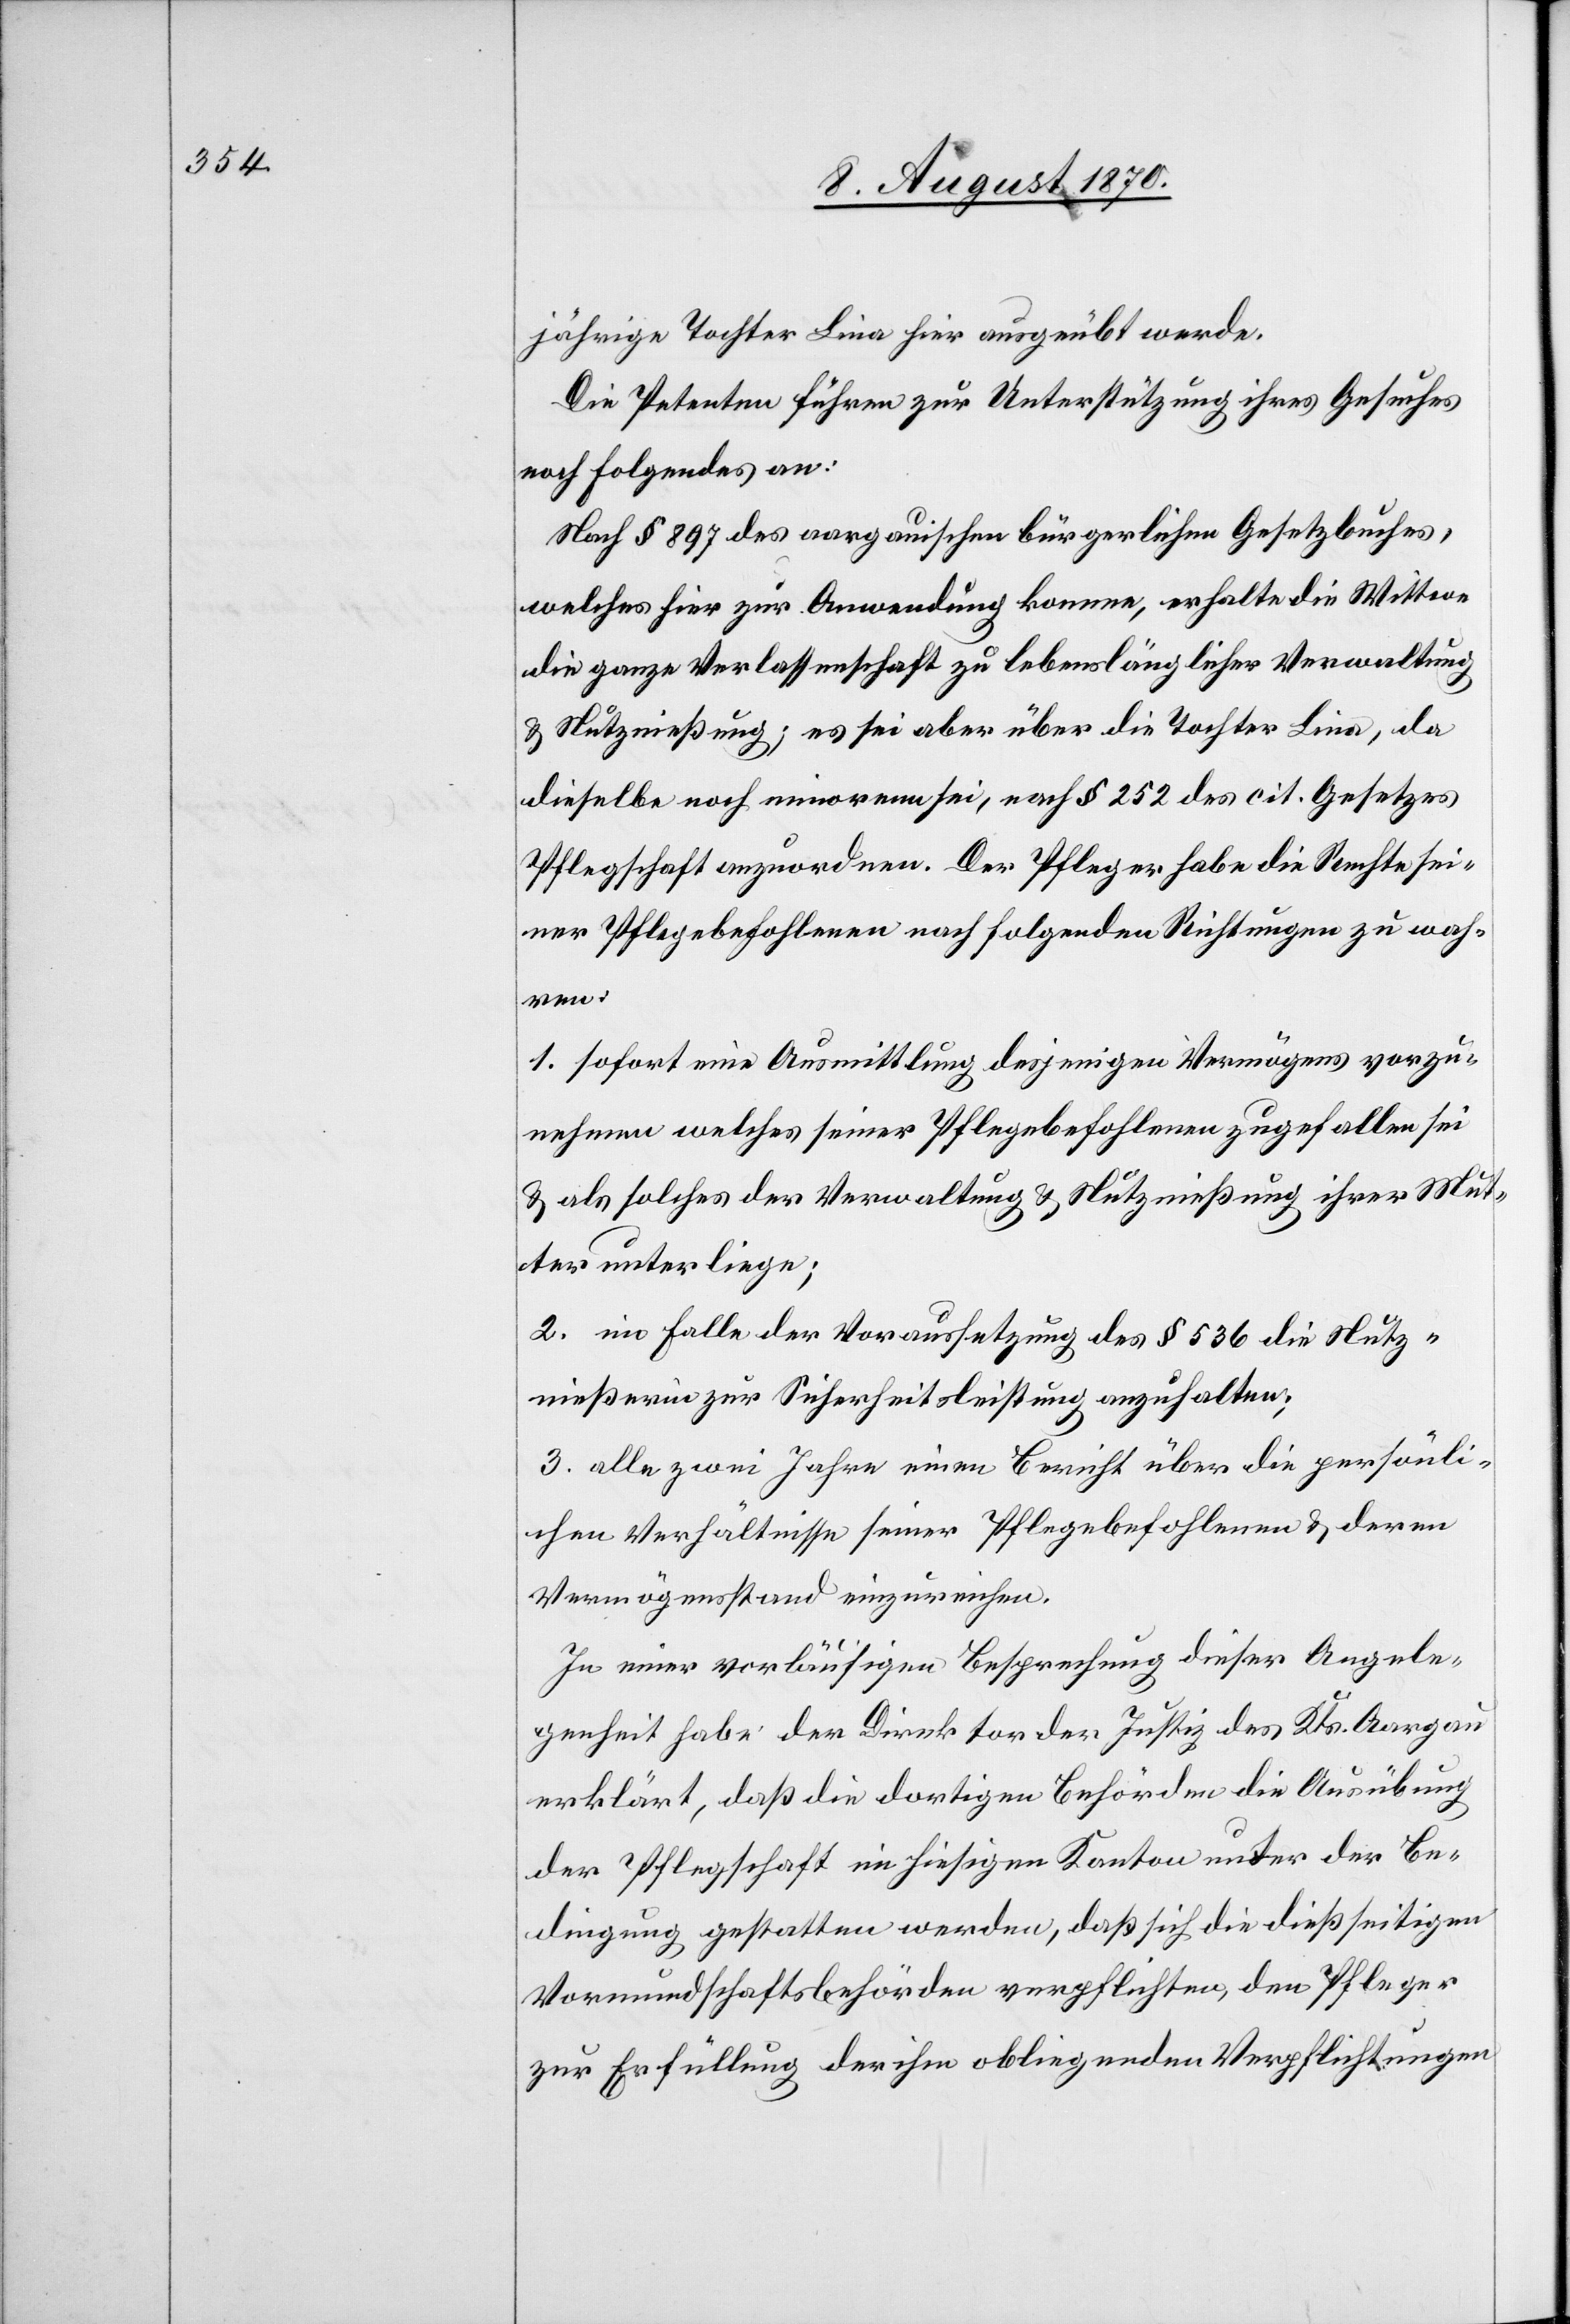
jährige Tochter Lina hier ausgeübt werde.
Die Petenten führen zur Unterstützung ihres Gesuches
noch folgendes an:
Nach § 897 des aargauischen bürgerlichen Gesetzbuches,
welches hier zur Anwendung komme, erhalte die Wittwe
die ganze Verlassenschaft zu lebenslänglicher Verwaltung
& Nutznießung; es sei aber über die Tochter Lina, da
dieselbe noch minorem sei, nach § 252 des cit. Gesetzes
Pflegschaft anzuordnen. Der Pfleger habe sie Rechte sei¬
ner Pflegebefohlenen nach folgenden Richtungen zu wah¬
ren:
1. sofort eine Ausmittlung desjenigen Vermögens vorzu¬
nehmen welches seiner Pflegebefohlenen zugefallen sei
& als solches der Verwaltung & Nutznießung ihrer Mut¬
ter unterliege;
2. im Falle der Voraussetzung des § 536 die Nutz¬
nießerin zur Sicherheitsleistung anzuhalten;
3. alle zwei Jahre einen Bericht über die persönli¬
chen Verhältnisse seiner Pflegebefohlenen & deren
Vermögensstand einzureichen.
In einer vorläufigen Besprechung dieser Angele¬
genheit habe der Direktor der Justiz des Kts. Aargau
erklärt, daß die dortigen Behörden die Ausübung
der Pflegschaft im hiesigen Kanton unter der Be¬
dingung gestatten werden, daß sich die dießseitigen
Vormundschaftsbehörden verpflichten, den Pfleger
zur Erfüllung der ihm obliegenden Verpflichtungen